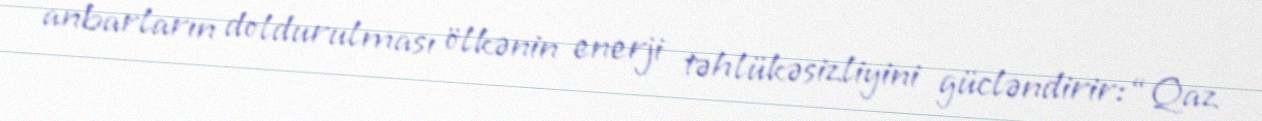
anbarların doldurulması ölkənin enerji təhlükəsizliyini gücləndirir: “Qaz